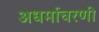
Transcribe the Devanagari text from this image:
अधर्माचरणी